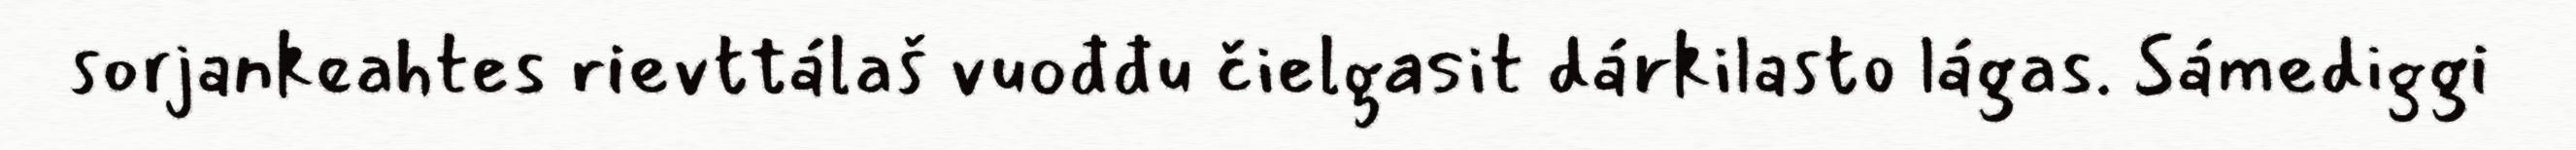
sorjankeahtes rievttálaš vuođđu čielgasit dárkilasto lágas. Sámediggi